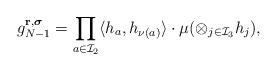
LaTeX: \begin{align*}g^{\mathbf{r}, \boldsymbol{\sigma}}_{N-1} =\prod_{a \in \mathcal{I}_2} \langle h_a , h_{\nu(a)} \rangle \cdot \mu (\otimes_{j \in \mathcal{I}_3} h_j),\end{align*}